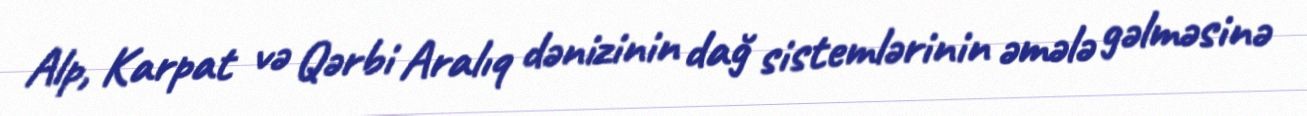
Alp, Karpat və Qərbi Aralıq dənizinin dağ sistemlərinin əmələ gəlməsinə